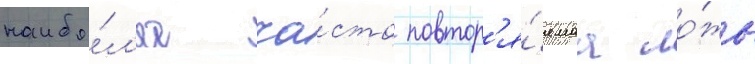
наибо́л'ее ча́сто повтор'я́емаа ло́жь